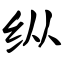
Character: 纵